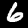
Digit: 6